Tezpur Lunatic Asylum reports 1895-1904 - 1895-1904
Year: 1895
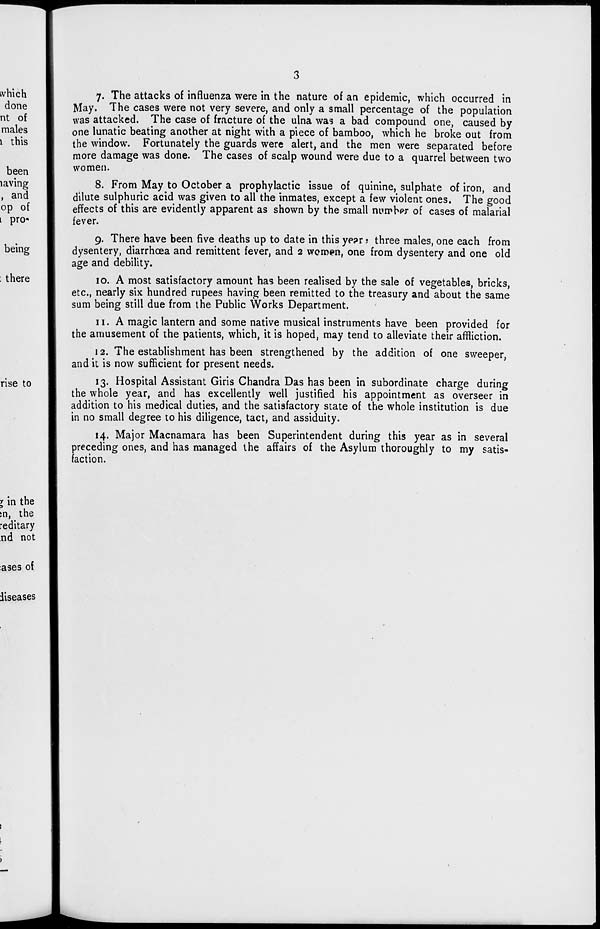
which
done
nt of
males
1 this
been
laving
, and
op of
t pro-
being
: there
rise to
7. The attacks of influenza were in the nature of an epidemic, which occurred in
May. The cases were not very severe, and only a small percentage of the population
was attacked. The case of fracture of the ulna was a bad compound one, caused by
one lunatic beating another at night with a piece of bamboo, which he broke out from
the window. Fortunately the guards were alert, and the men were separated before
more damage was done. The cases of scalp wound were due to a quarrel between two
women.
8. From May to October a prophylactic issue of quinine, sulphate of iron, and
dilute sulphuric acid was given to all the inmates, except a few violent ones. The good
effects of this are evidently apparent as shown by the small number of cases of malarial
fever.
9. There have been five deaths up to date in this ye?r t three males, one each from
dysentery, diarrhoea and remittent fever, and 2 women, one from dysentery and one old
age and debility.
10. A most satisfactory amount has been realised by the sale of vegetables, bricks,
etc., nearly six hundred rupees having been remitted to the treasury and about the same
sum being still due from the Public Works Department.
11. A magic lantern and some native musical instruments have been provided for
the amusement of the patients, which, it is hoped, may tend to alleviate their affliction.
12. The establishment has been strengthened by the addition of one sweeper,
and it is now sufficient for present needs.
13. Hospital Assistant Giris Chandra Das has been in subordinate charge during
the whole year, and has excellently well justified his appointment as overseer in
addition to his medical duties, and the satisfactory state of the whole institution is due
in no small degree to his diligence, tact, and assiduity.
14. Major Macnamara has been Superintendent during this year as in several
preceding ones, and has managed the affairs of the Asylum thoroughly to my satis-
faction.
I in the
jn, the
reditary
nd not
:ases of
diseases